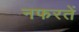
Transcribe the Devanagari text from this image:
नफरतें